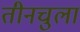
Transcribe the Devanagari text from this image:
तीनचुला